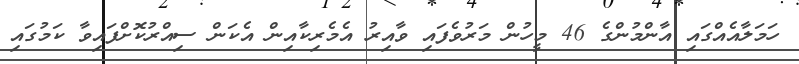
ހަމަލާއެއްގައި އާންމުންގެ 46 މީހުން މަރުވެފައި ވާއިރު އެމެރިކާއިން އެކަން ސިއްރުކޮށްފައިވާ ކަމުގައި